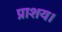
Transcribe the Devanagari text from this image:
प्राशय।